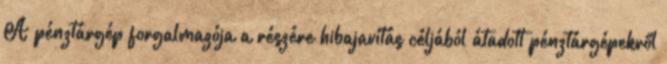
A pénztárgép forgalmazója a részére hibajavítás céljából átadott pénztárgépekről